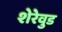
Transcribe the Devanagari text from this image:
शेरेवुड